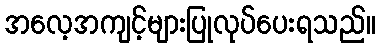
အလေ့အကျင့်များပြုလုပ်ပေးရသည်။